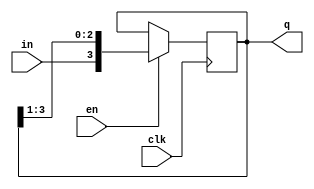
module shiftReg(en, in, clk, q);

	parameter n = 4;
	input en;
	input in;
	input clk;
	output [n-1:0] q;
	reg [n-1:0] q;
	
	initial
		q=4'd10;
		always @(posedge clk)
			begin
				if (en)
				q={in,q[n-1:1]};
			end
	
endmodule


module test;
	parameter n= 4;
	reg EN,in,CLK;
	wire [n-1:0] Q;
	//reg [n-1:0] Q;
	
	shiftReg r1(EN,in,CLK,Q);
	initial
		begin
			CLK=0;
		end
	always
		#2 CLK=~CLK;
	initial
		$monitor($time,"EN=%b in= %b Q=%b\n",EN,in,Q);
		initial
			begin
				in=0;EN=0;
				#4 in=1;EN=1;
				#4 in=1;EN=0;
				#4 in=0;EN=1;
				#5 $finish;
			end
			
	initial
		begin
			$dumpfile("filename.vcd");
			$dumpvars;
		end
endmodule